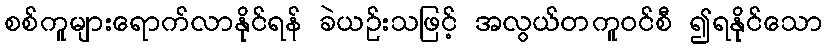
စစ်ကူများရောက်လာနိုင်ရန် ခဲယဉ်းသဖြင့် အလွယ်တကူဝင်စီ ၍ရနိုင်သော